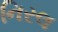
નિરલ